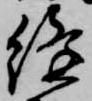
縫